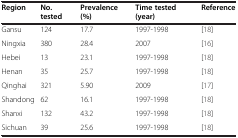
| Region | No. tested | Prevalence (%) | Time tested (year) | Reference |
 | --- | --- | --- | --- | --- |
 | Gansu | 124 | 17.7 | 1997-1998 | [18] |
 | Ningxia | 380 | 28.4 | 2007 | [16] |
 | Hebei | 13 | 23.1 | 1997-1998 | [18] |
 | Henan | 35 | 25.7 | 1997-1998 | [18] |
 | Qinghai | 321 | 5.90 | 2009 | [17] |
 | Shandong | 62 | 16.1 | 1997-1998 | [18] |
 | Shanxi | 132 | 43.2 | 1997-1998 | [18] |
 | Sichuan | 39 | 25.6 | 1997-1998 | [18] |